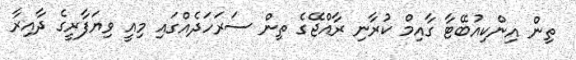
ތިން އިންކިއުބޭޓާ ގާއިމް ކުރާނި ރާއްޖޭގެ ތިން ސަރަހަދެއްގައި މިއީ ވިޔަފާރީގެ ދާއިރާ